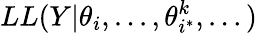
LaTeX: LL(Y|\theta_{i},...,\theta_{i^{*}}^{k},...)